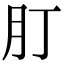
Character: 𦘭